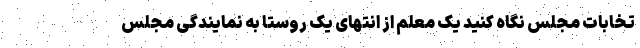
تخابات مجلس نگاه کنید یک معلم از انتهای یک روستا به نمایندگی مجلس